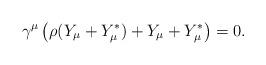
LaTeX: \begin{align*} \gamma^\mu\left(\rho(Y_\mu +Y_\mu^*) + Y_\mu + Y_\mu^*\right)=0.\end{align*}